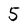
Character: 5